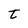
Character: t